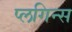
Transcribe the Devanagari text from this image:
प्लगिन्स